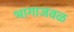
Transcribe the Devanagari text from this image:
भागाजवळ